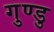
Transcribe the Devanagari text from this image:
गुण्डु